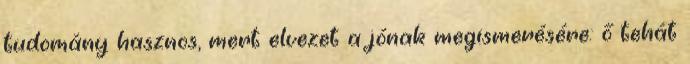
tudomány hasznos, mert elvezet a jónak megismerésére: ő tehát